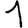
Digit: 1